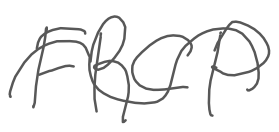
Text: FRCP
Cross-out: wave
Writing tool: digital_gray